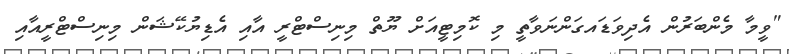
"ވީމާ މެންބަރުން އެދިވަޑައގަންނަވާތީ މި ކޮމިޓީއަށް ޔޫތް މިނިސްޓްރީ އާއި އެޑިޔުކޭޝަން މިނިސްޓްރީއާއި